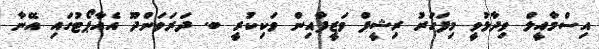
އިސްމާއީލް ވިދާޅުވީ މިފަހަރު ރިޝީފް ވަޒީފާއިން ވަކިކުރީ ބ. ދަރަވަންދޫ އެއާޕޯޓުގައި އޭނާ